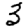
Digit: 3